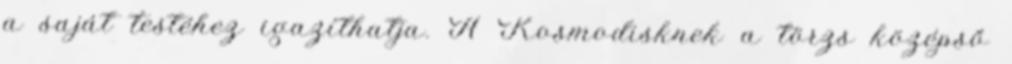
a saját testéhez igazíthatja. A Kosmodisknek a törzs középső